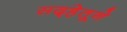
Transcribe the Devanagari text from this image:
सद्‍हेतूने